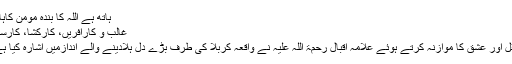
ہاتھ ہے اللہ کا بندۂ مؤمن کاہاتھ
غالب و کارآفریں، کارکُشا، کارساز
عقل اور عشق کا موازنہ کرتے ہوئے علامہ اقبال رحمۃ اللہ علیہ نے واقعہ کربلا کی طرف بڑے دل ہلادینے والے اندازمیں اشارہ کیا ہے۔